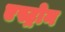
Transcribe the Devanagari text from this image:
एस्ट्रोन